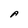
Character: A